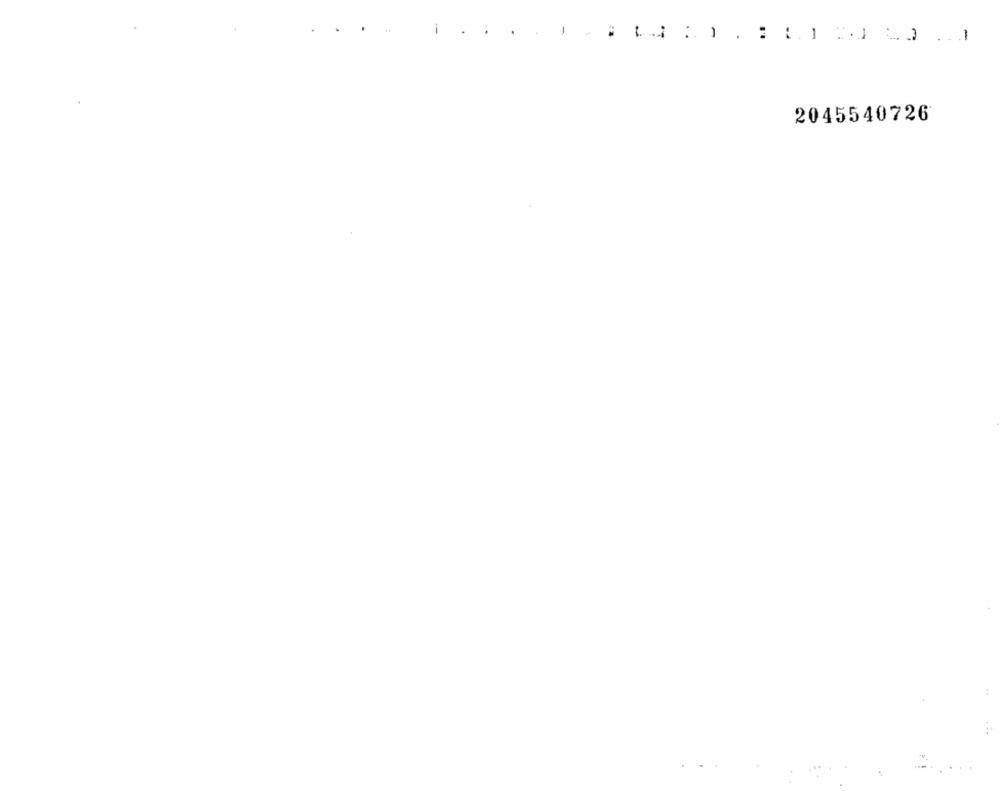
-
-
-
2045540726